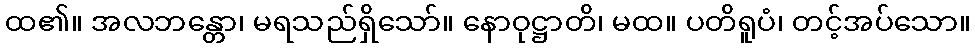
ထ၏။ အလဘန္တော၊ မရသည်ရှိသော်။ နောဝုဋ္ဌာတိ၊ မထ။ ပတိရူပံ၊ တင့်အပ်သော။